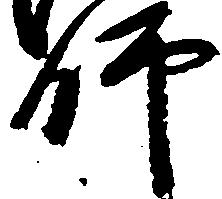
師